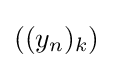
((y_{n})_{k})